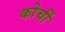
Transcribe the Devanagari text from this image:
कोर्ची